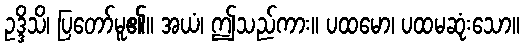
ဥဒ္ဒိသိ၊ ပြတော်မူ၏။ အယံ၊ ဤသည်ကား။ ပထမော၊ ပထမဆုံးသော။